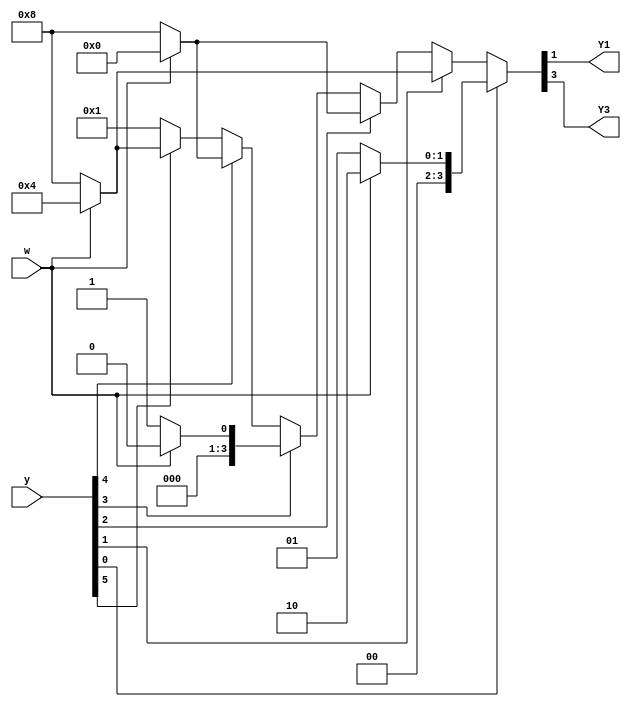
module top_module (
    input [5:0] y,
    input w,
    output Y1,
    output Y3
);
reg [5:0] nstate;

parameter A = 6'b000001;
parameter B = 6'b000010;
parameter C = 6'b000100;
parameter D = 6'b001000;
parameter E = 6'b010000;
parameter F = 6'b100000;

always @(*)begin
    nstate = A;
    case (1)
        y[0]:nstate = w ? B : A;
        y[1]:nstate = w ? C : D;
        y[2]:nstate = w ? E : D;
        y[3]:nstate = w ? F : A;
        y[4]:nstate = w ? E : D;
        y[5]:nstate = w ? C : D;
        default:nstate = A;
    endcase
end
assign Y1 = nstate[1];
assign Y3 = nstate[3];
endmodule